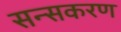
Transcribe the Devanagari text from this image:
सन्सकरण